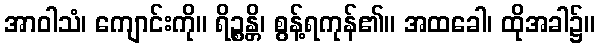
အာဝါသံ၊ ကျောင်းကို။ ရိဉ္စန္တိ၊ စွန့်ရကုန်၏။ အထခေါ၊ ထိုအခါ၌။